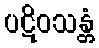
ပဋိဝသန္တံ